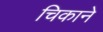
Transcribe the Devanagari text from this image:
चिकाने